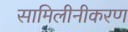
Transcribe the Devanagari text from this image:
सामिलीनीकरण